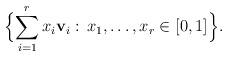
LaTeX: \begin{align*}\Bigl\{\sum_{i=1}^r x_i\mathbf{v}_i:\,x_1,\dots,x_r\in[0,1]\Bigr\}.\end{align*}